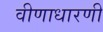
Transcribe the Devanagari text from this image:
वीणाधारणी